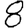
Digit: 8